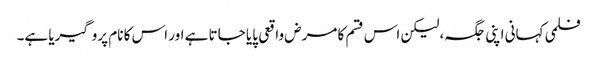
فلمی کہانی اپنی جگہ، لیکن اس قسم کا مرض واقعی پایا جاتا ہے اور اس کا نام پروگیریا ہے۔